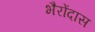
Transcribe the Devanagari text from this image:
भैरोंदास